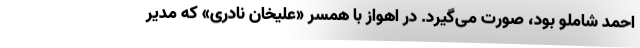
احمد شاملو بود، صورت می‌گیرد. در اهواز با همسر «علیخان نادری» که مدیر